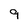
Character: 9